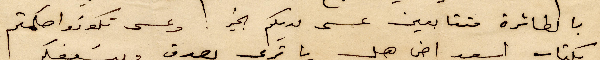
بالطائرة متتابعين عسى لديكم الخير: وعسى ان تكونوت حكمتم